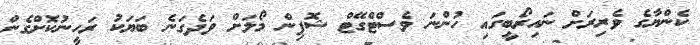
ކެންޔާގެ ވެރިރަށް ނައިރޯބީގައި ހުންނަ ވެސްޓްގޭޓް ޝޮޕިން މޯލަށް ވަދެގަނެ ބަޔަކު ރަހީނުކޮށްގެން